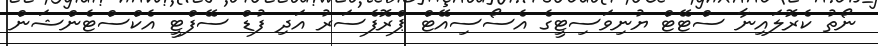
ނޯތު ކެރޮލައިނާ ސްޓޭޓް ޔުނިވަސިޓީގެ އެސޯސިއޭޓް ޕްރޮފެސަރު އަދި ފުޑް ސޭފްޓީ އެކްސްޓެންޝަން